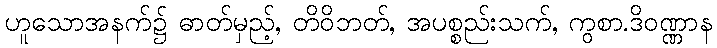
ဟူသောအနက်၌ ဓာတ်မှည့်, တိဝိဘတ်, အပစ္စည်းသက်, ကွစာ.ဒိဝဏ္ဏာန